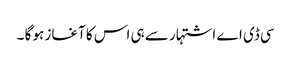
سی ڈی اے اشتہار سے ہی اس کا آغاز ہو گا ۔